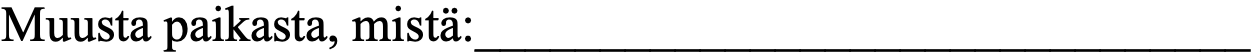
Muusta paikasta, mistä:_______________________________